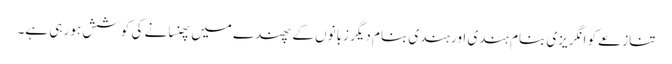
تنازعے کو انگریزی بنام ہندی اور ہندی بنام دیگر زبانوں کے پھندے میں پھنسانے کی کوشش ہو رہی ہے۔